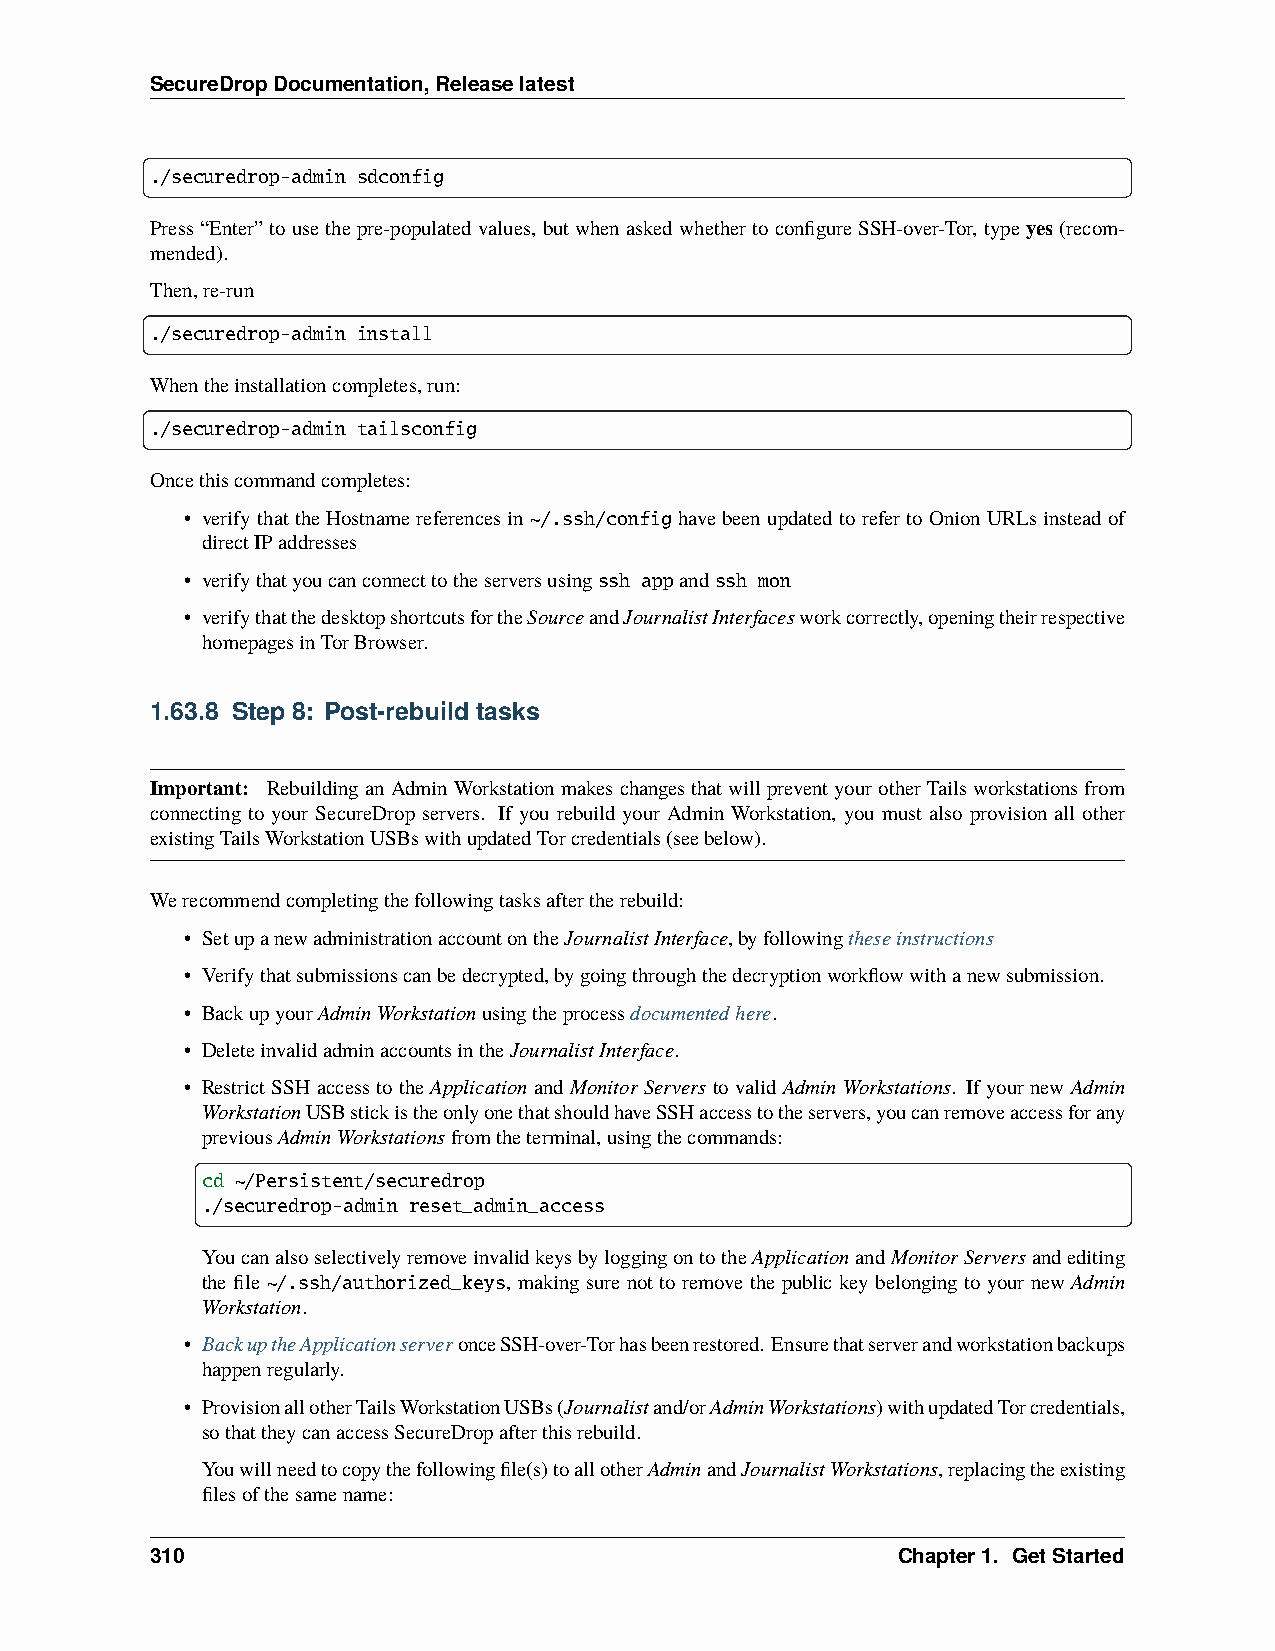
SecureDropDocumentation,Releaselatest
 ./securedrop-admin sdconfig
 Press“Enter”tousethepre-populatedvalues, butwhenaskedwhethertoconfigureSSH-over-Tor, type yes(recom-
 mended).
 Then,re-run
 ./securedrop-admin install
 Whentheinstallationcompletes,run:
 ./securedrop-admin tailsconfig
 Oncethiscommandcompletes:
 • verify thatthe Hostname referencesin ~/.ssh/config have beenupdated to referto Onion URLsinstead of
 directIPaddresses
 • verifythatyoucanconnecttotheserversusingssh appandssh mon
 • verifythatthedesktopshortcutsfortheSourceandJournalistInterfacesworkcorrectly,openingtheirrespective
 homepagesinTorBrowser.
 1.63.8 Step 8: Post-rebuild tasks
 Important: RebuildinganAdminWorkstationmakeschangesthatwillpreventyourotherTailsworkstationsfrom
 connecting to your SecureDrop servers. If you rebuild your Admin Workstation, you must also provision all other
 existingTailsWorkstationUSBswithupdatedTorcredentials(seebelow).
 Werecommendcompletingthefollowingtasksaftertherebuild:
 • SetupanewadministrationaccountontheJournalistInterface,byfollowingtheseinstructions
 • Verifythatsubmissionscanbedecrypted,bygoingthroughthedecryptionworkflowwithanewsubmission.
 • BackupyourAdminWorkstationusingtheprocessdocumentedhere.
 • DeleteinvalidadminaccountsintheJournalistInterface.
 • Restrict SSH access to the Application and Monitor Servers to valid Admin Workstations. If your new Admin
 WorkstationUSBstickistheonlyonethatshouldhaveSSHaccesstotheservers,youcanremoveaccessforany
 previousAdminWorkstationsfromtheterminal,usingthecommands:
 cd ~/Persistent/securedrop
 ./securedrop-admin reset_admin_access
 YoucanalsoselectivelyremoveinvalidkeysbyloggingontotheApplicationandMonitorServersandediting
 the file ~/.ssh/authorized_keys, making sure not to remove the public key belonging to your new Admin
 Workstation.
 • BackuptheApplicationserveronceSSH-over-Torhasbeenrestored. Ensurethatserverandworkstationbackups
 happenregularly.
 • ProvisionallotherTailsWorkstationUSBs(Journalistand/orAdminWorkstations)withupdatedTorcredentials,
 sothattheycanaccessSecureDropafterthisrebuild.
 Youwillneedtocopythefollowingfile(s)toallotherAdminandJournalistWorkstations,replacingtheexisting
 filesofthesamename:
 310                                              Chapter1. GetStarted